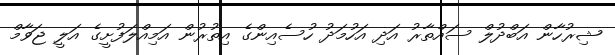
ޝިރުހާން އަބްދުލް ސައްތާރު އަދި އަހުމަދު ހުސެއިންގެ އިތުރުން އަމިއްލަފުށީގެ އަލީ ޖަވާމް